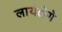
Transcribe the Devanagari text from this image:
लायंेगे